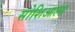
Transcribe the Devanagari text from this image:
सोशिआल्स